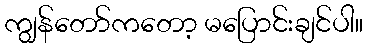
ကျွန်တော်ကတော့ မပြောင်းချင်ပါ။